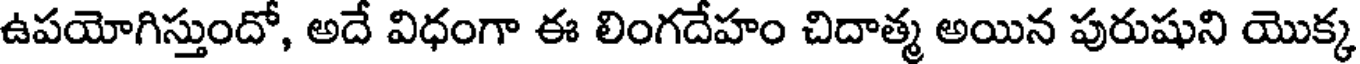
ఉపయోగిస్తుందో, అదే విధంగా ఈ లింగదేహం చిదాత్మ అయిన పురుషుని యొక్క